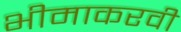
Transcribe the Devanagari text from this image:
भीमाकरवी